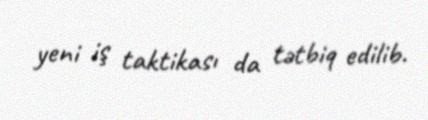
yeni iş taktikası da tətbiq edilib.